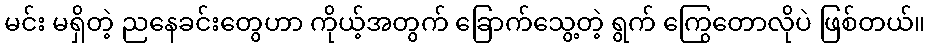
မင်း မရှိတဲ့ ညနေခင်းတွေဟာ ကိုယ့်အတွက် ခြောက်သွေ့တဲ့ ရွက် ကြွေတောလိုပဲ ဖြစ်တယ်။